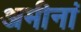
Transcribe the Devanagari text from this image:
अमीनां